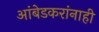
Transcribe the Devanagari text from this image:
आंबेडकरांनाही